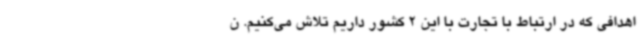
اهدافی که‌ در ارتباط با تجارت با این 2 کشور داریم تلاش می‌کنیم. ن